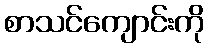
စာသင်ကျောင်းကို